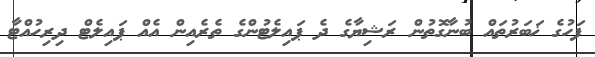
ފަހުގެ ޚަބަރުތައް ބުނާގޮތުން ރަޝިޔާގެ ދެ ޕައިލެޓުންގެ ތެރެއިން އެއް ޕައިލެޓް ދިރިހުއްޓާ